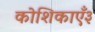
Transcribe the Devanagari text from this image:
कोशिकाएँ३